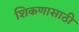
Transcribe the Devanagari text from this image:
शिकणासाठी